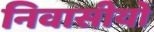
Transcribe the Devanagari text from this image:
निवासीयों